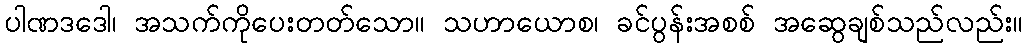
ပါဏဒဒေါ၊ အသက်ကိုပေးတတ်သော။ သဟာယောစ၊ ခင်ပွန်းအစစ် အဆွေချစ်သည်လည်း။